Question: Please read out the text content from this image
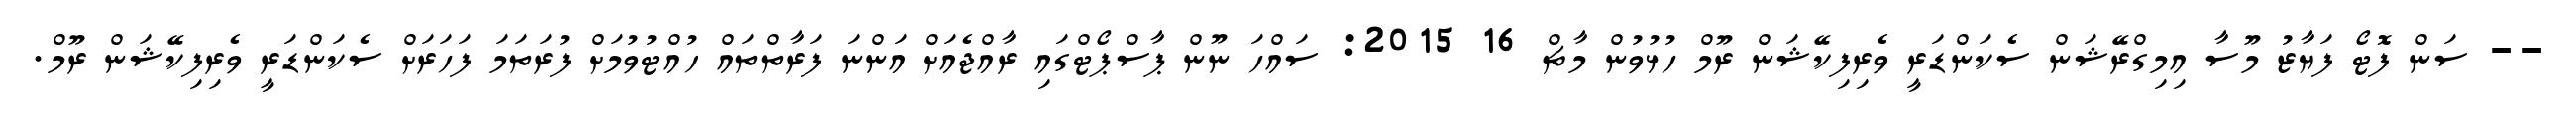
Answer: -- ސަން ފޮޓޯ ފަޔާޒު މޫސާ އިމިގްރޭޝަން ސެކަންޑަރީ ވެރިފިކޭޝަން ރޫމް ހުޅުވުން މާޗް 16 2015: ސައްހަ ނޫން ޕާސްޕޯޓްގައި ރާއްޖެއަށް އަންނަ ފަރާތްތައް ހުއްޓުވުމަށް ފުރަތަމަ ފަހަރަށް ސެކަންޑަރީ ވެރިފިކޭޝަން ރޫމް.